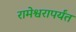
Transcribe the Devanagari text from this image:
रामेश्वरापर्यंत